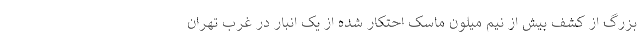
بزرگ از کشف بیش از نیم میلون ماسک احتکار شده از یک انبار در غرب تهران